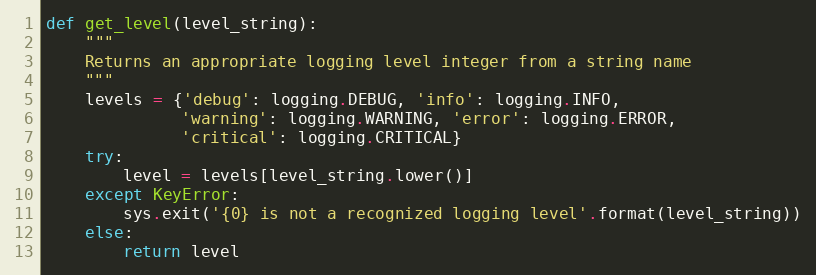
Language: Python
def get_level(level_string):
    """
    Returns an appropriate logging level integer from a string name
    """
    levels = {'debug': logging.DEBUG, 'info': logging.INFO,
              'warning': logging.WARNING, 'error': logging.ERROR,
              'critical': logging.CRITICAL}
    try:
        level = levels[level_string.lower()]
    except KeyError:
        sys.exit('{0} is not a recognized logging level'.format(level_string))
    else:
        return level